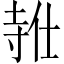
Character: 𪧸